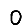
Digit: 0